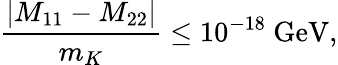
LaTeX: {\frac{|M_{11}-M_{22}|}{m_{K}}}\leq 10^{-18}\ \mathrm{GeV},